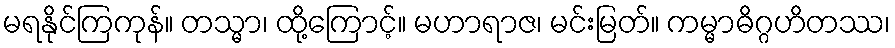
မရနိုင်ကြကုန်။ တသ္မာ၊ ထို့ကြောင့်။ မဟာရာဇ၊ မင်းမြတ်။ ကမ္မာဓိဂ္ဂဟိတဿ၊